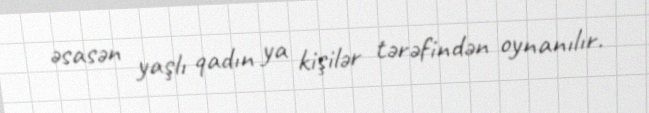
əsasən yaşlı qadın ya kişilər tərəfindən oynanılır.